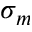
\sigma _ { m }